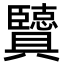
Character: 𦣶